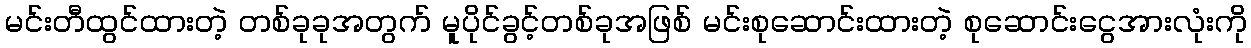
မင်းတီထွင်ထားတဲ့ တစ်ခုခုအတွက် မူပိုင်ခွင့်တစ်ခုအဖြစ် မင်းစုဆောင်းထားတဲ့ စုဆောင်းငွေအားလုံးကို